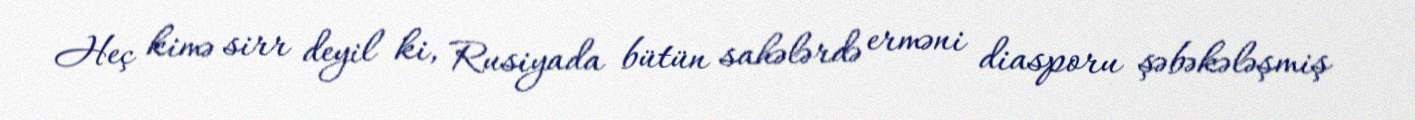
Heç kimə sirr deyil ki, Rusiyada bütün sahələrdə erməni diasporu şəbəkələşmiş